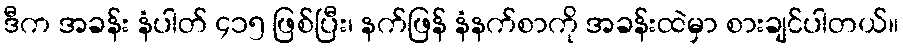
ဒီက အခန်း နံပါတ် ၄၁၅ ဖြစ်ပြီး၊ နက်ဖြန် နံနက်စာကို အခန်းထဲမှာ စားချင်ပါတယ်။